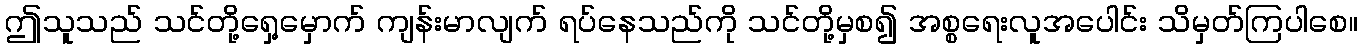
ဤသူသည် သင်တို့ရှေ့မှောက် ကျန်းမာလျက် ရပ်နေသည်ကို သင်တို့မှစ၍ အစ္စရေးလူအပေါင်း သိမှတ်ကြပါစေ။